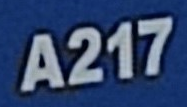
A217